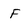
Character: F